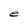
Character: e